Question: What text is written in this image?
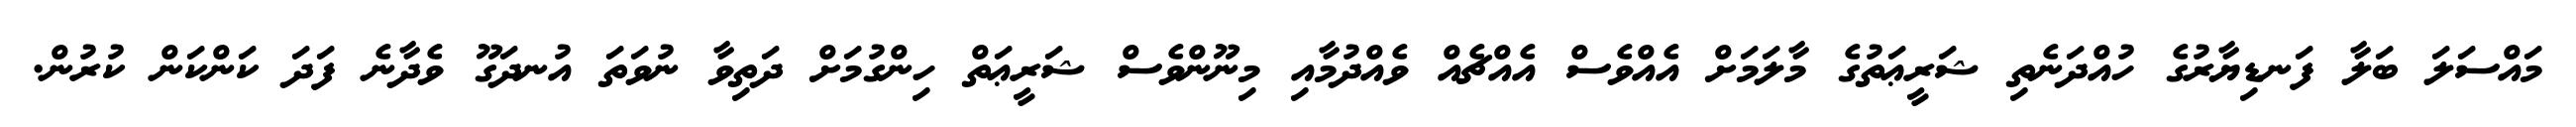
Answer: މައްސަލަ ބަލާ ފަނޑިޔާރުގެ ހުއްދަނެތި ޝަރީޢަތުގެ މާލަމަށް އެއްވެސް އެއްޗެއް ވެއްދުމާއި މިނޫންވެސް ޝަރީޢަތް ހިންގުމަށް ދަތިވާ ނުވަތަ އުނދަގޫ ވެދާނެ ފަދަ ކަންކަން ކުރުން.